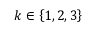
k \in \left\{ 1 , 2 , 3 \right\}